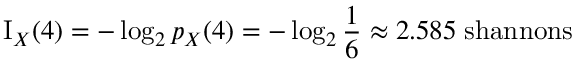
\operatorname { I } _ { X } ( 4 ) = - \log _ { 2 } { p _ { X } { ( 4 ) } } = - \log _ { 2 } { \frac { 1 } { 6 } } \approx 2 . 5 8 5 \; { \mathrm { s h a n n o n s } }